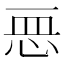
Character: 𢙂